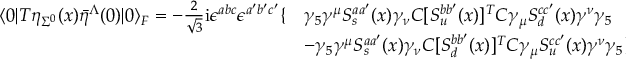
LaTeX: \begin{array} { l l } { { \langle 0 | T \eta _ { \Sigma ^ { 0 } } ( x ) { \bar { \eta } } ^ { \Lambda } ( 0 ) | 0 \rangle _ { F } = - { \frac { 2 } { \sqrt { 3 } } } \mathrm { i } \epsilon ^ { a b c } \epsilon ^ { a ^ { \prime } b ^ { \prime } c ^ { \prime } } \{ } } & { { \gamma _ { 5 } \gamma ^ { \mu } S _ { s } ^ { a a ^ { \prime } } ( x ) \gamma _ { \nu } C [ S _ { u } ^ { b b ^ { \prime } } ( x ) ] ^ { T } C \gamma _ { \mu } S _ { d } ^ { c c ^ { \prime } } ( x ) \gamma ^ { \nu } \gamma _ { 5 } } } \\ { { } } & { { - \gamma _ { 5 } \gamma ^ { \mu } S _ { s } ^ { a a ^ { \prime } } ( x ) \gamma _ { \nu } C [ S _ { d } ^ { b b ^ { \prime } } ( x ) ] ^ { T } C \gamma _ { \mu } S _ { u } ^ { c c ^ { \prime } } ( x ) \gamma ^ { \nu } \gamma _ { 5 } \} } } \end{array}